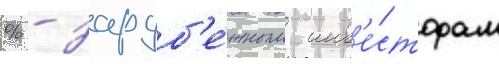
% - заруб'е́жным инв'е́сторам